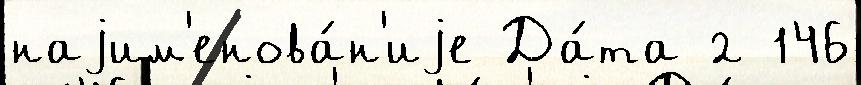
наjим'енова́н'иjе Да́та 2 146